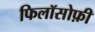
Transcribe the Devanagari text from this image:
फिलॉसोफ़ी